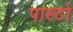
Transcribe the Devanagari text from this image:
पास्टो